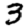
Digit: 3